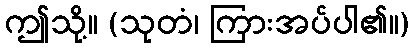
ဤသို့။ (သုတံ၊ ကြားအပ်ပါ၏။)